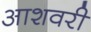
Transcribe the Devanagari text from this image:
आशवरी